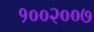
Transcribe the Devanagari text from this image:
१००२००७